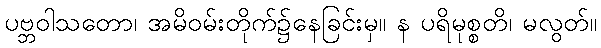
ပဗ္ဘဝါသတော၊ အမိဝမ်းတိုက်၌နေခြင်းမှ။ န ပရိမုစ္စတိ၊ မလွတ်။